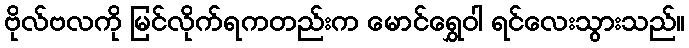
ဗိုလ်ဗလကို မြင်လိုက်ရကတည်းက မောင်ရွှေဝါ ရင်လေးသွားသည်။